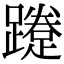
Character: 𨆐